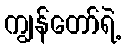
ကျွန်တော်ရဲ့